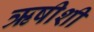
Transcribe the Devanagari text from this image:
ऋषीशी